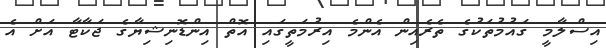
އިސްލާމީ ގައުމުތަކުގެ ތެރެއިން އެންމެ އިރުމަތީގައި އޮތް އިންޑޮނިޝިޔާގެ ޖަކާޓާ އަށް އެ